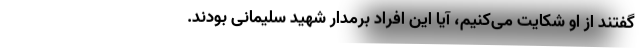
‌گفتند از او شکایت ‌می‌کنیم، آیا این افراد برمدار شهید سلیمانی بودند.